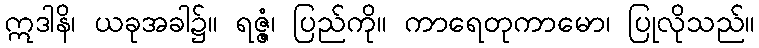
ဣဒါနိ၊ ယခုအခါ၌။ ရဇ္ဇံ၊ ပြည်ကို။ ကာရေတုကာမော၊ ပြုလိုသည်။